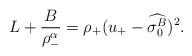
LaTeX: \begin{align*}L+\frac{B}{\rho_{-}^{\alpha}}=\rho_{+}(u_+-\widehat{\sigma_{0}^{B}})^{2}.\end{align*}